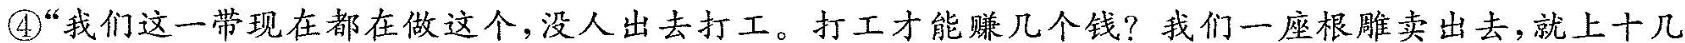
④“我们这一带现在都在做这个，没人出去打工。打工才能赚几个钱?我们一座根雕卖出去，就上十几